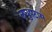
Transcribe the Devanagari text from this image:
लघुपटास